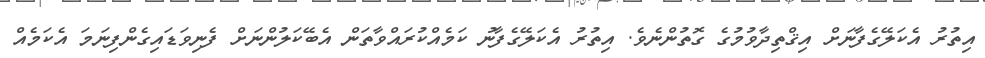
އިތުރު އެކަލޭގެފާނަށް އިޤްތިދާވުމުގެ ގޮތުންނެވެ. އިތުރު އެކަލޭގެފާނު ކަމެއްކުރައްވާތަން އެބޭކަލުންނަށް ފެނިވަޑައިގެންފިނަމަ އެކަމެއް